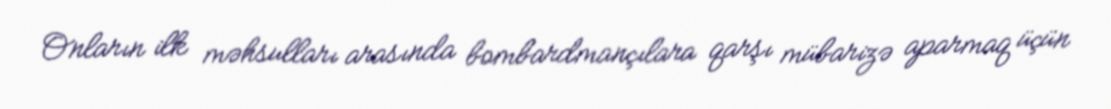
Onların ilk məhsulları arasında bombardmançılara qarşı mübarizə aparmaq üçün